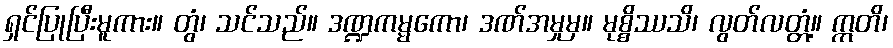
ရှင်ပြုပြီးမူကား။ တွံ၊ သင်သည်။ ဒဏ္ဍကမ္မကော၊ ဒဏ်အမှုမှ။ မုစ္စိဿသိ၊ လွတ်လတ္တံ့။ ဣတိ၊